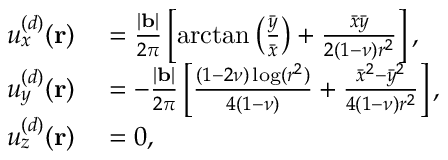
\begin{array} { r l } { u _ { x } ^ { ( d ) } ( \mathbf { r } ) } & { { } = \frac { | \mathbf { b } | } { 2 \pi } \left[ \arctan \left( \frac { \bar { y } } { \bar { x } } \right) + \frac { \bar { x } \bar { y } } { 2 ( 1 - \nu ) r ^ { 2 } } \right] , } \\ { u _ { y } ^ { ( d ) } ( \mathbf { r } ) } & { { } = - \frac { | \mathbf { b } | } { 2 \pi } \left[ \frac { ( 1 - 2 \nu ) \log ( r ^ { 2 } ) } { 4 ( 1 - \nu ) } + \frac { \bar { x } ^ { 2 } - \bar { y } ^ { 2 } } { 4 ( 1 - \nu ) r ^ { 2 } } \right] , } \\ { u _ { z } ^ { ( d ) } ( \mathbf { r } ) } & { { } = 0 , } \end{array}